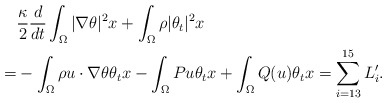
\begin{align*}&\frac{\kappa}{2}\frac{d}{dt}\int_{\Omega} |\nabla\theta|^2 x+\int_{\Omega} \rho |\theta_t|^2 x\\= &-\int_{\Omega} \rho u\cdot \nabla \theta \theta_tx-\int_{\Omega} Pu \theta_tx+\int_{\Omega} Q(u) \theta_tx= \sum_{i=13}^{15} L'_i.\end{align*}